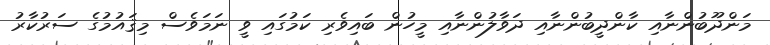
މަންދޫބުންނާއި ކާންދީބުންނާއި ދަވާލުންނާއި މީހުން ބައިވެރި ކަމުގައި ވީ ނަމަވެސް މިޤައުމުގެ ސަރުކާރު